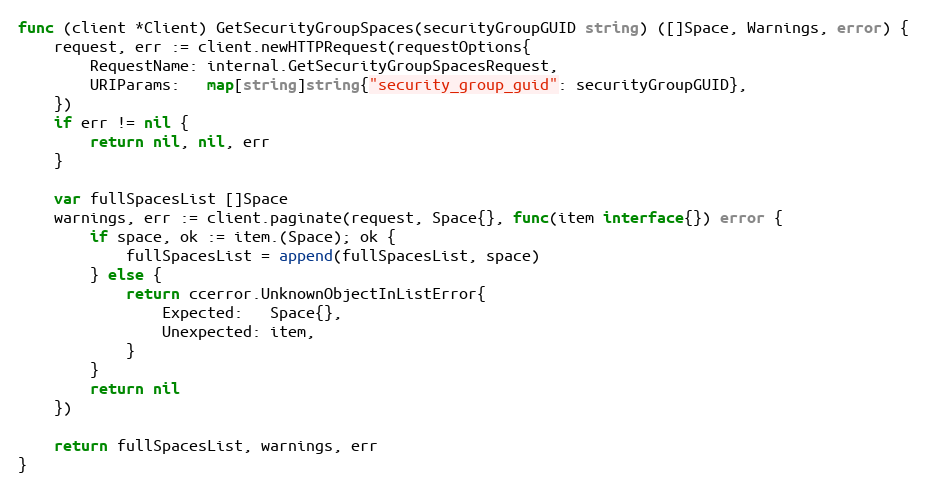
Language: Go
func (client *Client) GetSecurityGroupSpaces(securityGroupGUID string) ([]Space, Warnings, error) {
	request, err := client.newHTTPRequest(requestOptions{
		RequestName: internal.GetSecurityGroupSpacesRequest,
		URIParams:   map[string]string{"security_group_guid": securityGroupGUID},
	})
	if err != nil {
		return nil, nil, err
	}

	var fullSpacesList []Space
	warnings, err := client.paginate(request, Space{}, func(item interface{}) error {
		if space, ok := item.(Space); ok {
			fullSpacesList = append(fullSpacesList, space)
		} else {
			return ccerror.UnknownObjectInListError{
				Expected:   Space{},
				Unexpected: item,
			}
		}
		return nil
	})

	return fullSpacesList, warnings, err
}